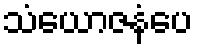
သံယောဇနံပေ